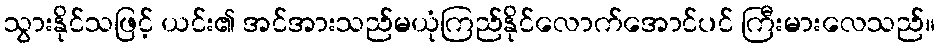
သွားနိုင်သဖြင့် ယင်း၏ အင်အားသည်မယုံကြည်နိုင်လောက်အောင်ပင် ကြီးမားလေသည်။